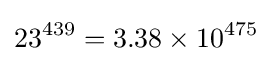
23^{439}=3.38\times 10^{475}